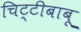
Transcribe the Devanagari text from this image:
चिट्टीबाबू